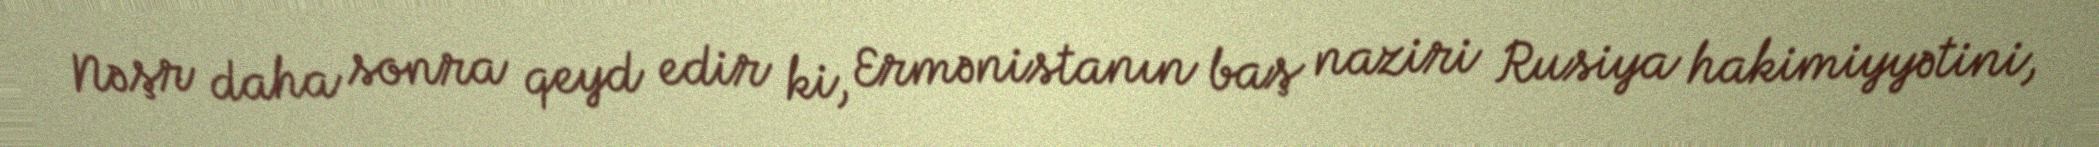
Nəşr daha sonra qeyd edir ki, Ermənistanın baş naziri Rusiya hakimiyyətini,